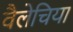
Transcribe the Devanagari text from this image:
वैलेचिया